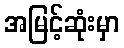
အမြင့်ဆုံးမှာ